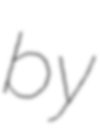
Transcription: by